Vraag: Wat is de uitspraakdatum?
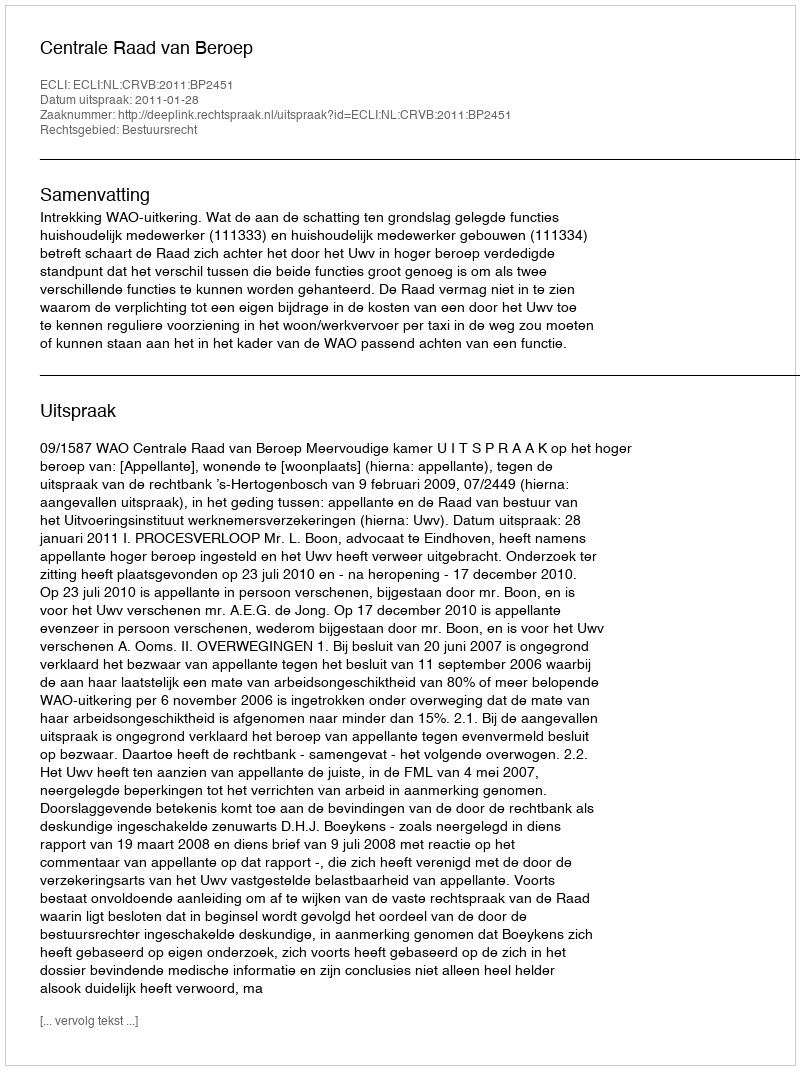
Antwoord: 2011-01-28